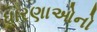
ધારણાઓનો